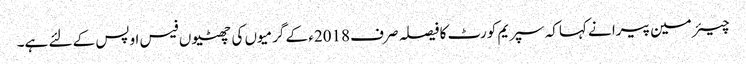
چیئر مین پیرا نے کہاکہ سپریم کورٹ کا فیصلہ صرف 2018ء کے گرمیوں کی چھٹیوں فیس اوپس کے لئے ہے۔